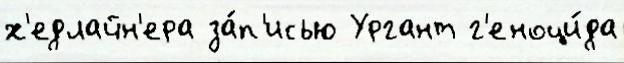
х'едлайн'ера за́п'исью Ургант г'еноци́да